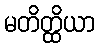
မတိတ္ထိယာ